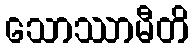
သောဿာမီတိ